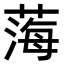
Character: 𦷫